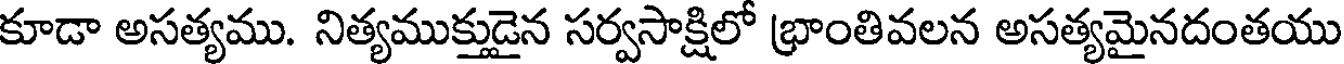
కూడా అసత్యము. నిత్యముక్తుడైన సర్వసాక్షిలో భ్రాంతివలన అసత్యమైనదంతయు